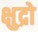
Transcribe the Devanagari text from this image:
क्षुद्रो